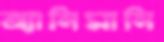
অ্যানিমানি